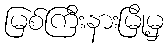
မြစ်ကြီးနားမြို့မှ